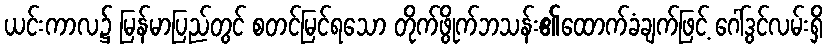
ယင်းကာလ၌ မြန်မာပြည်တွင် စတင်မြင်ရသော တိုက်ဖွိုက်ဘသန်း၏ထောက်ခံချက်ဖြင့် ဂေါ်ဒွင်လမ်းရှိ